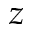
z